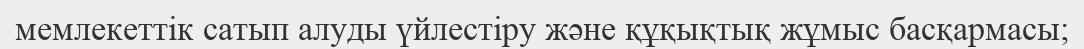
мемлекеттік сатып алуды үйлестіру және құқықтық жұмыс басқармасы;